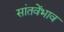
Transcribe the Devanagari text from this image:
सांतवेंभाव